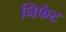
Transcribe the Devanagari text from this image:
निंफेट